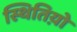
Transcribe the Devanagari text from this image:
स्थितिय़ो